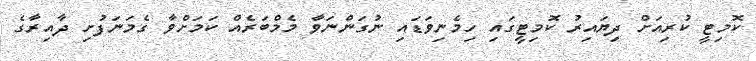
ކޮމިޓީ ކުރިއަށް ދިޔައިރު ކޮމިޓީގައި ހިމެނިވަޑައި ނުގަންނަވާ މެމްބަރެއް ކަމަށްވާ ގެމަނަފުށި ދާއިރާގެ